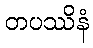
တပဿိနံ